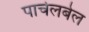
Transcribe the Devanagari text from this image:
पाचेलबेल